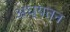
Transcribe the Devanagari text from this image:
अध्यतन